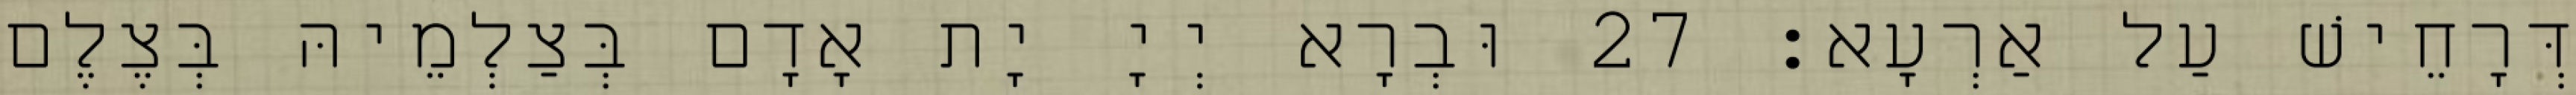
דְּרָחֵישׁ עַל אַרְעָא׃ 27 וּבְרָא יְיָ יָת אָדָם בְּצַלְמֵיהּ בְּצֶלֶם